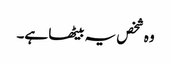
وہ شخص یہ بیٹھا ہے۔